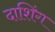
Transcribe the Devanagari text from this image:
दाशिंग